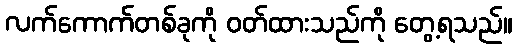
လက်ကောက်တစ်ခုကို ဝတ်ထားသည်ကို တွေ့ရသည်။